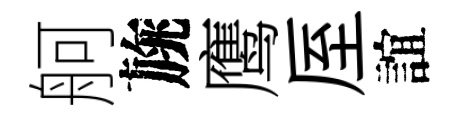
舸旐鹰厔誼